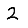
Digit: 2